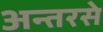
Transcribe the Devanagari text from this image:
अन्तरसे